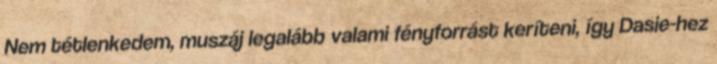
Nem tétlenkedem, muszáj legalább valami fényforrást keríteni, így Dasie-hez